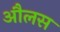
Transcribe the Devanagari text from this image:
औलस